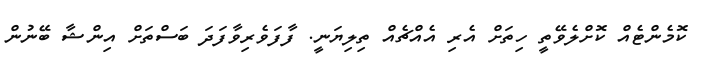
ކޮމެންޓެއް ކޮށްލެވޭތީ ހިތަށް އެރި އެއްޗެއް ތިލިޔަނީ. ފާފަވެރިވާފަދަ ބަސްތަށް އިންޝާ ބޭނުން